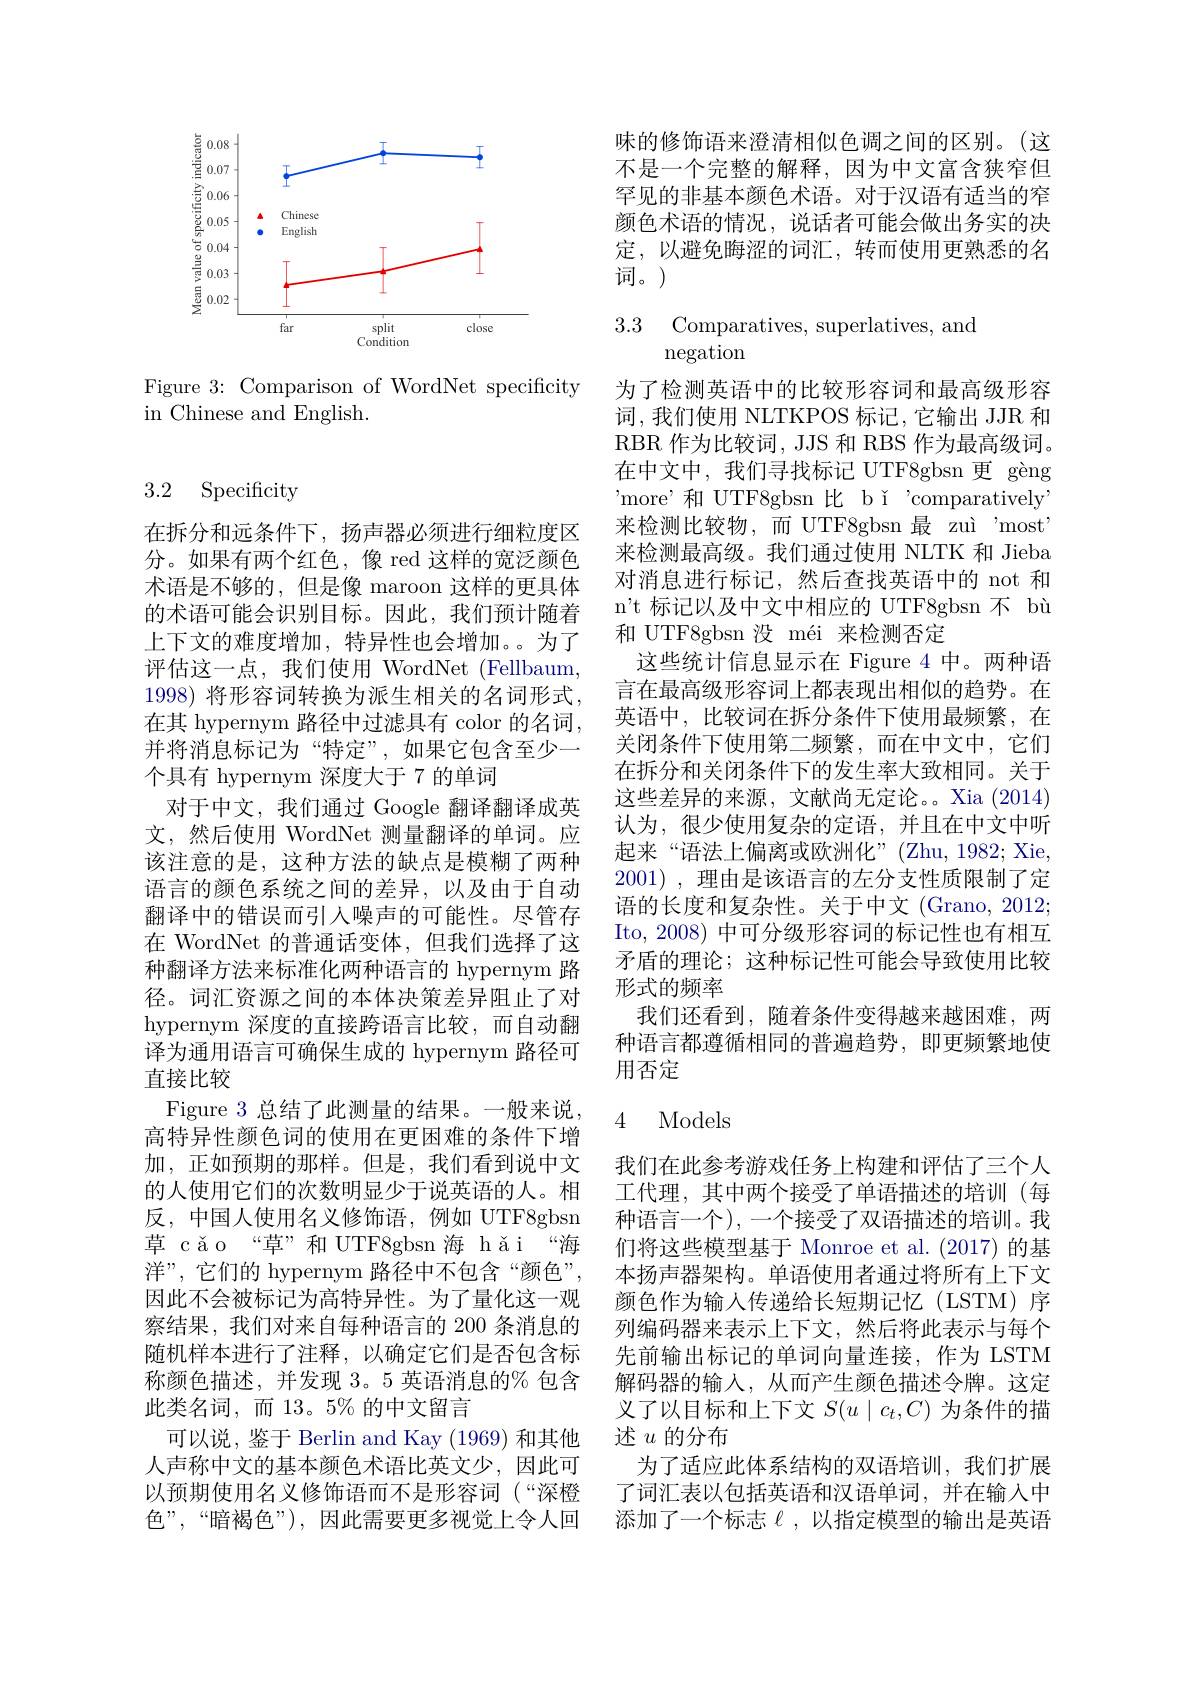
<FigureHere>

Figure 3: Comparison of WordNet specificity
in Chinese and English.

3.2 Specificity

在拆分和远条件下，扬声器必须进行细粒度区分。如果有两个红色，像 red 这样的宽泛颜色术语是不够的，但是像 maroon 这样的更具体的术语可能会识别目标。因此，我们预计随着上下文的难度增加，特异性也会增加。为了评估这一点，我们使用 WordNet (Fellbaum, 1998) 将形容词转换为派生相关的名词形式， 在其 hypernym 路径中过滤具有 color 的名词， 并将消息标记为“特定”,如果它包含至少一个具有 hypernym 深度大于 7 的单词
对于中文，我们通过 Google 翻译翻译成英文，然后使用 WordNet 测量翻译的单词。应该注意的是，这种方法的缺点是模糊了两种语言的颜色系统之间的差异，以及由于自动翻译中的错误而引入噪声的可能性。尽管存在 WordNet 的普通话变体，但我们选择了这种翻译方法来标准化两种语言的 hypernym 路径。词汇资源之间的本体决策差异阻止了对hypernym 深度的直接跨语言比较，而自动翻译为通用语言可确保生成的 hypernym 路径可直接比较
Figure 3 总结了此测量的结果。一般来说， 高特异性颜色词的使用在更困难的条件下增加，正如预期的那样。但是，我们看到说中文的人使用它们的次数明显少于说英语的人。相反，中国人使用名义修饰语，例如 UTF8gbsn 草 cǎo“草”和UTF8gbsn海hǎi“海洋”,它们的 hypernym 路径中不包含“颜色”, 因此不会被标记为高特异性。为了量化这一观察结果，我们对来自每种语言的 200 条消息的随机样本进行了注释，以确定它们是否包含标称颜色描述，并发现 3。5 英语消息的% 包含此类名词，而 13。5% 的中文留言
可以说，鉴于 Berlin and Kay (1969)和其他人声称中文的基本颜色术语比英文少，因此可以预期使用名义修饰语而不是形容词(“深橙色”,“暗褐色”),因此需要更多视觉上令人回

味的修饰语来澄清相似色调之间的区别。(这不是一个完整的解释，因为中文富含狭窄但

罕见的非基本颜色术语。对于汉语有适当的窄颜色术语的情况，说话者可能会做出务实的决定，以避免晦涩的词汇，转而使用更熟悉的名词。)

3.3 Comparatives, superlatives, and
negation

为了检测英语中的比较形容词和最高级形容词，我们使用 NLTKPOS 标记，它输出 JJR 和RBR 作为比较词，JJS 和 RBS 作为最高级词。在中文中，我们寻找标记 UTF8gbsn 更 gèng $^{\prime }$more’ 和 UTF8gbsn 比 bǐ'comparatively" 来检测比较物，而 UTF8gbsn 最 zuì "most' 来检测最高级。我们通过使用 NLTK 和 Jieba 对消息进行标记，然后查找英语中的 not 和n't 标记以及中文中相应的 UTF8gbsn 不 bù 和 UTF8gbsn 没 méi 来检测否定
这些统计信息显示在 Figure 4 中。两种语言在最高级形容词上都表现出相似的趋势。在英语中，比较词在拆分条件下使用最频繁，在关闭条件下使用第二频繁，而在中文中，它们在拆分和关闭条件下的发生率大致相同。关于这些差异的来源，文献尚无定论。Xia (2014) 认为，很少使用复杂的定语，并且在中文中听起来“语法上偏离或欧洲化”(Zhu,1982;Xie, 2001),理由是该语言的左分支性质限制了定语的长度和复杂性。关于中文 (Grano, 2012; Ito, 2008) 中可分级形容词的标记性也有相互矛盾的理论；这种标记性可能会导致使用比较形式的频率
我们还看到，随着条件变得越来越困难，两种语言都遵循相同的普遍趋势，即更频繁地使用否定

## 4 Models

我们在此参考游戏任务上构建和评估了三个人工代理，其中两个接受了单语描述的培训(每种语言一个),一个接受了双语描述的培训。我们将这些模型基于 Monroe et al.(2017)的基本扬声器架构。单语使用者通过将所有上下文颜色作为输入传递给长短期记忆(LSTM)序列编码器来表示上下文，然后将此表示与每个先前输出标记的单词向量连接，作为 LSTM 解码器的输入，从而产生颜色描述令牌。这定义了以目标和上下文$S(u\mid c_t,C)$为条件的描述$u$的分布
为了适应此体系结构的双语培训，我们扩展了词汇表以包括英语和汉语单词，并在输入中添加了一个标志$\ell$,以指定模型的输出是英语